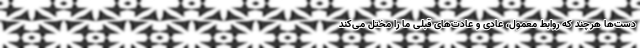
دست‌ها هرچند که روابط معمول، عادی و عادت‌های قبلی ما را مختل می‌کند